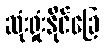
ဆုံးရှုံးနိုင်ခြေ